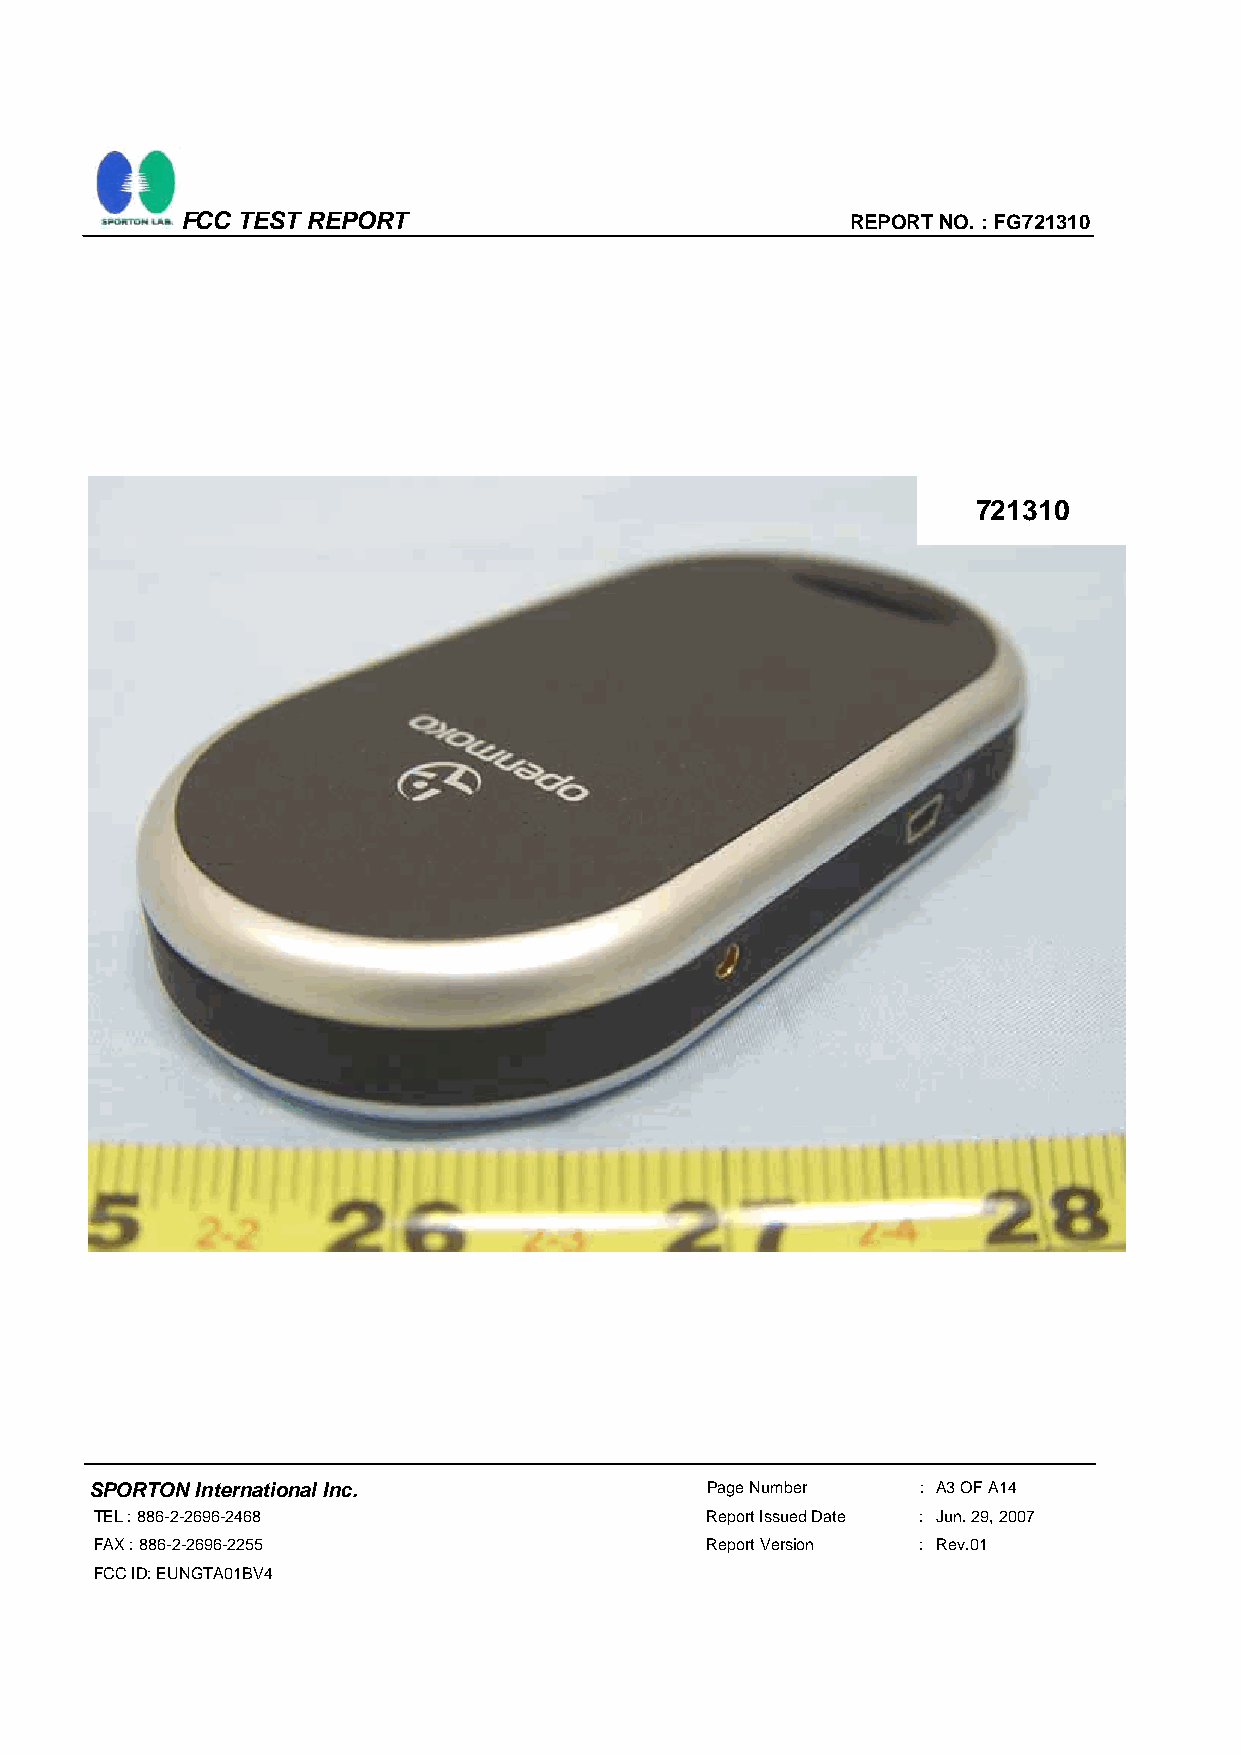
FCC TEST REPORT                             REPORT NO. : FG721310
 721310
 SPORTON International Inc.               Page Number   : A3 OF A14
 TEL : 886-2-2696-2468                    Report Issued Date : Jun. 29, 2007
 FAX : 886-2-2696-2255                    Report Version : Rev.01
 FCC ID: EUNGTA01BV4